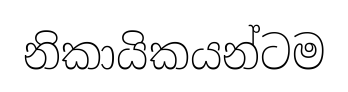
නිකායිකයන්ටම